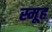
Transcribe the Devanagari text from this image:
स्मूह